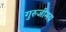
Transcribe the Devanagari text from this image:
गुरुजीमय